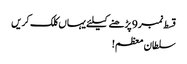
قسط نمبر 9 پڑھنے کیلئے یہاں کلک کریں
سلطان معظم!